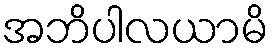
အဘိပါလယာမိ